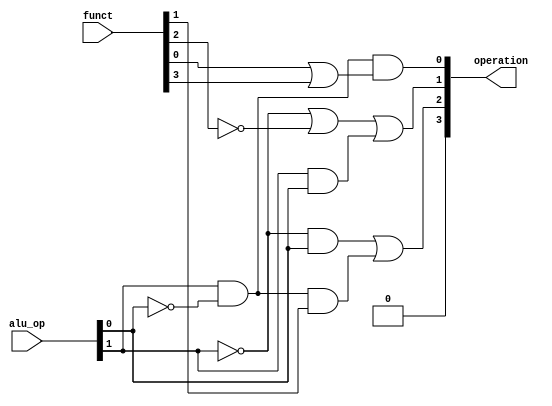
`timescale 1ns / 1ps
// <111613025>

/* Copy your ALU Control (if you have one) from Lab 2 */
module alu_control (
    input  [1:0] alu_op,    // ALUOp
    input  [5:0] funct,     // Funct field
    output [3:0] operation  // Operation
);

    assign operation[3] = 0;
    assign operation[2] = (~alu_op[1] & alu_op[0]) | (alu_op[1] & ~alu_op[0] & funct[1]);
    assign operation[1] = (~alu_op[1] | ~funct[2]) | (alu_op[1] & alu_op[0]);
    assign operation[0] = (alu_op[1] & ~alu_op[0]) & (funct[0] | funct[3]);

endmodule